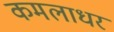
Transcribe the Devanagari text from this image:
कमलाधर